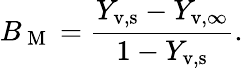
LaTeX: B_{\mathrm{~M~}}=\frac{Y_{\mathrm{v,s}}-Y_{\mathrm{v,\infty}}}{1-Y_{\mathrm{v,s}}}.